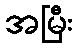
အမြီး